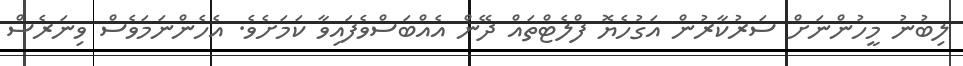
ލިބުނު މީހުންނަށް ސަރުކާރުން އަގުހެޔޮ ފްލެޓްތައް ދޭން އެއްބަސްވެފައިވާ ކަމަށެވެ. އެހެންނަމަވެސް ވިނަރެސް